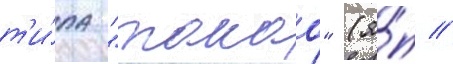
т'и́па "такао" (я́п //